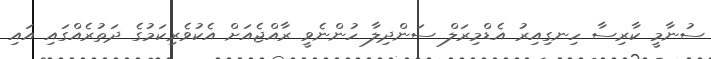
ސުނާމީ ކާރިސާ ހިނގިއިރު އެޑްމިރަލް ސަންދިލާ ހުންނެވީ ރާއްޖެއަށް އެކުވެރިކަމުގެ ދަތުރެއްގައި އައި